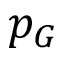
p _ { G }